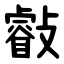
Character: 㪫